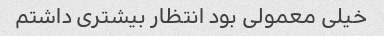
خیلی معمولی بود انتظار بیشتری داشتم